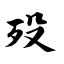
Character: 殁